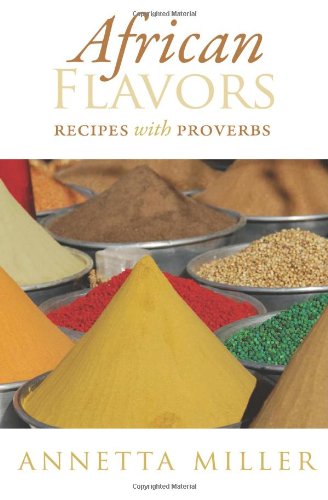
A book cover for African Flavors: Recipes with Proverbs; Annetta Miller; Cookbooks, Food & Wine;